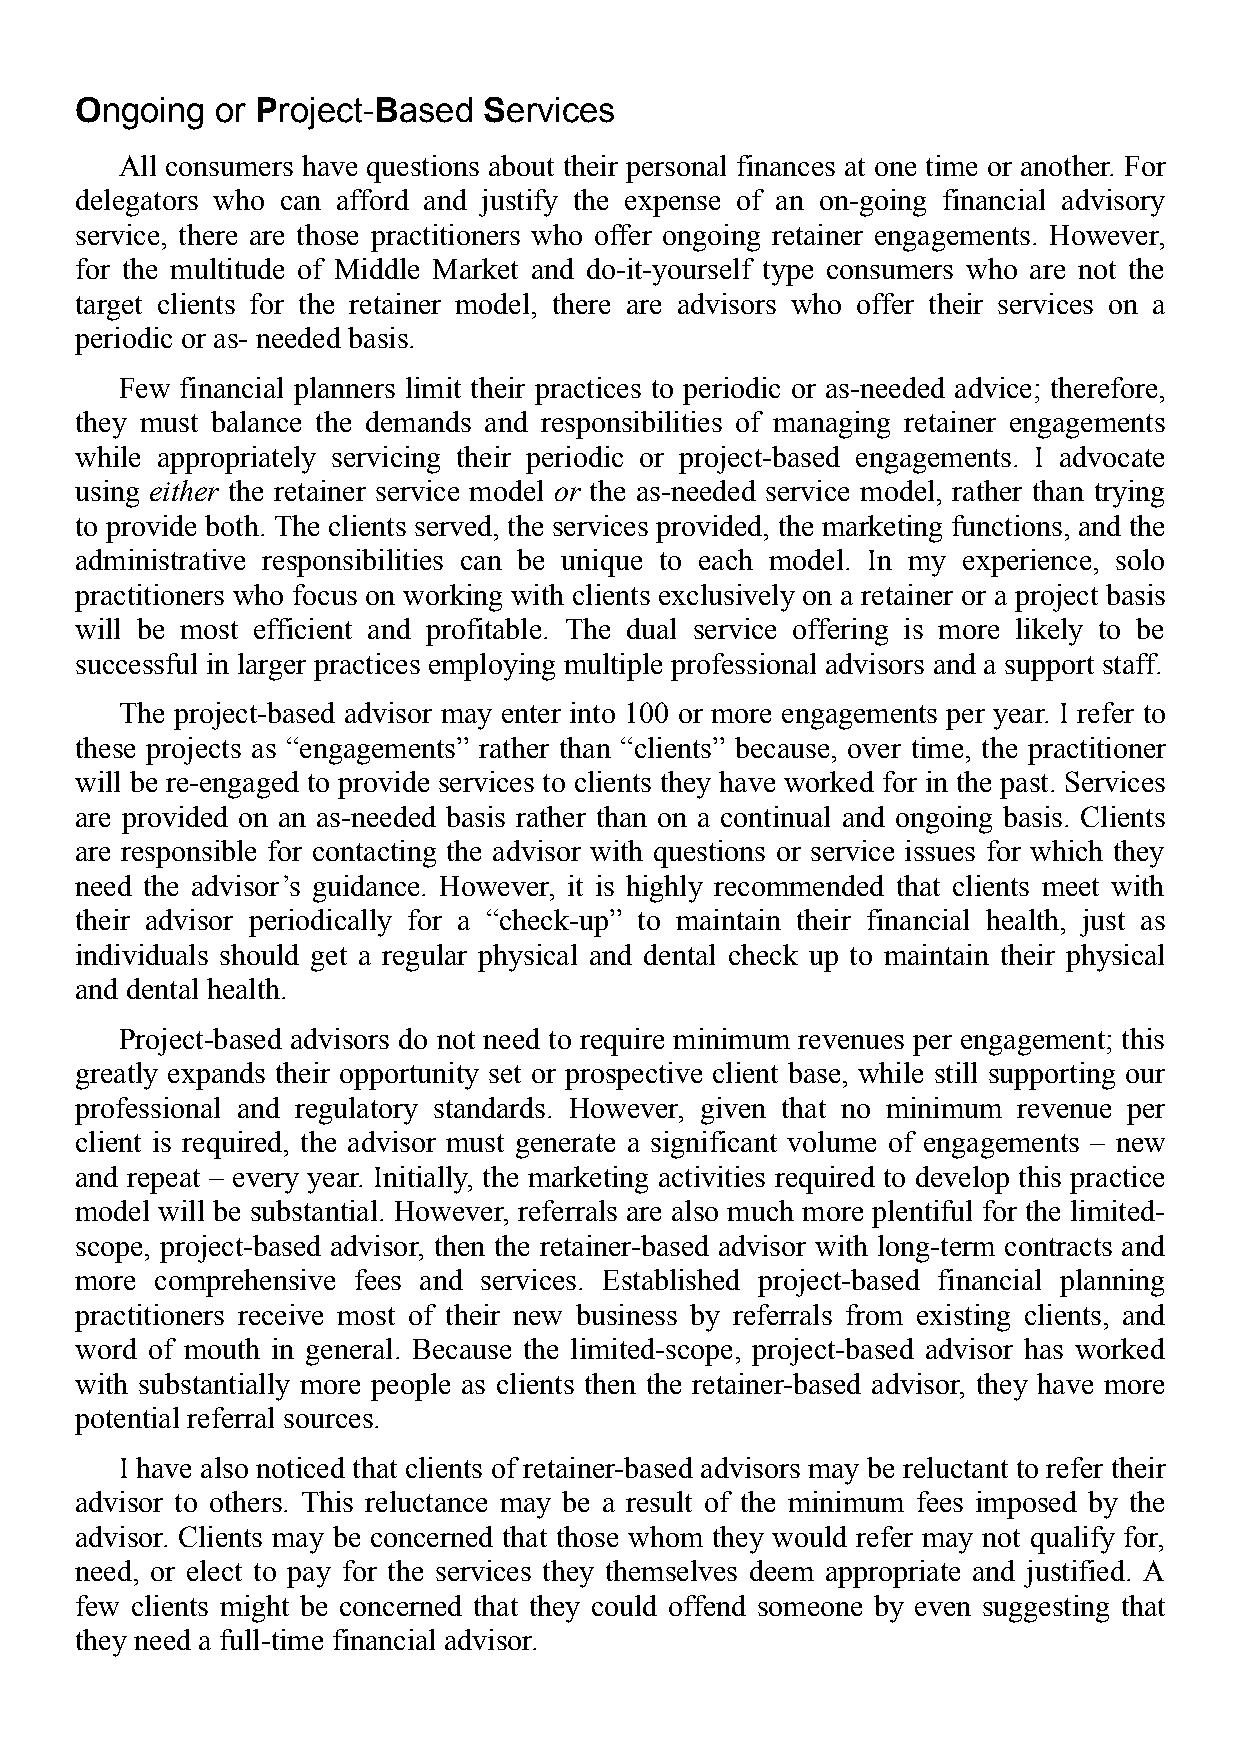
Ongoing  or Project-Based  Services
 All consumers have questions about their personal finances at one time or another. For
 delegators who can afford and justify the expense of an on-going financial advisory
 service, there are those practitioners who offer ongoing retainer engagements. However,
 for the multitude of Middle Market and do-it-yourself type consumers who are not the
 target clients for the retainer model, there are advisors who offer their services on a
 periodic or as- needed basis.
 Few financial planners limit their practices to periodic or as-needed advice; therefore,
 they must balance the demands and responsibilities of managing retainer engagements
 while appropriately servicing their periodic or project-based engagements. I advocate
 using either the retainer service model or the as-needed service model, rather than trying
 to provide both. The clients served, the services provided, the marketing functions, and the
 administrative responsibilities can be unique to each model. In my experience, solo
 practitioners who focus on working with clients exclusively on a retainer or a project basis
 will be most efficient and profitable. The dual service offering is more likely to be
 successful in larger practices employing multiple professional advisors and a support staff.
 The project-based advisor may enter into 100 or more engagements per year. I refer to
 these projects as “engagements” rather than “clients” because, over time, the practitioner
 will be re-engaged to provide services to clients they have worked for in the past. Services
 are provided on an as-needed basis rather than on a continual and ongoing basis. Clients
 are responsible for contacting the advisor with questions or service issues for which they
 need the advisor’s guidance. However, it is highly recommended that clients meet with
 their advisor periodically for a “check-up” to maintain their financial health, just as
 individuals should get a regular physical and dental check up to maintain their physical
 and dental health.
 Project-based advisors do not need to require minimum revenues per engagement; this
 greatly expands their opportunity set or prospective client base, while still supporting our
 professional and regulatory standards. However, given that no minimum revenue per
 client is required, the advisor must generate a significant volume of engagements – new
 and repeat – every year. Initially, the marketing activities required to develop this practice
 model will be substantial. However, referrals are also much more plentiful for the limited-
 scope, project-based advisor, then the retainer-based advisor with long-term contracts and
 more comprehensive fees and services. Established project-based financial planning
 practitioners receive most of their new business by referrals from existing clients, and
 word of mouth in general. Because the limited-scope, project-based advisor has worked
 with substantially more people as clients then the retainer-based advisor, they have more
 potential referral sources.
 I have also noticed that clients of retainer-based advisors may be reluctant to refer their
 advisor to others. This reluctance may be a result of the minimum fees imposed by the
 advisor. Clients may be concerned that those whom they would refer may not qualify for,
 need, or elect to pay for the services they themselves deem appropriate and justified. A
 few clients might be concerned that they could offend someone by even suggesting that
 they need a full-time financial advisor.